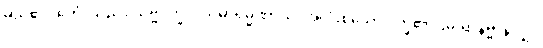
မည်၏။ ဧတံ၊ သည်။ သဗ္ဗဒုက္ခူပသမာရမ္မဏာယ၊ အလုံးစုံသော ဒုက္ခ၏ ငြိမ်းရာနိဗ္ဗာန်လျှင်